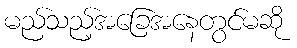
မည်သည့်အခြေအနေတွင်မဆို